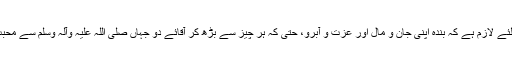
انہوں نے کہا کہ خسارے سے بچنے کے لئے لازم ہے کہ بندہ اپنی جان و مال اور عزت و آبرو، حتیٰ کہ ہر چیز سے بڑھ کر آقائے دو جہاں صلیٰ اللہ علیہ وآلہ وسلم سے محبت کرے اور اعمالِ صالحہ کا ذخیرہ کرے۔